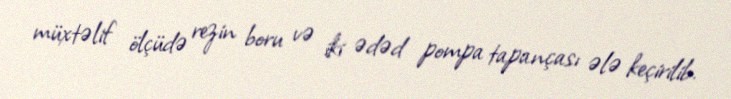
müxtəlif ölçüdə rezin boru və iki ədəd pompa tapançası ələ keçirilib.